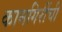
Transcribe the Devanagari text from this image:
कामगिरींची